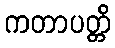
ကတာပတ္တိ